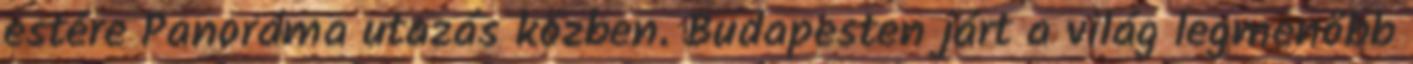
estére Panoráma utazás közben. Budapesten járt a világ legmenőbb